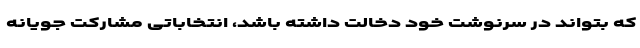
که بتواند در سرنوشت خود دخالت داشته باشد، انتخاباتی مشارکت جویانه